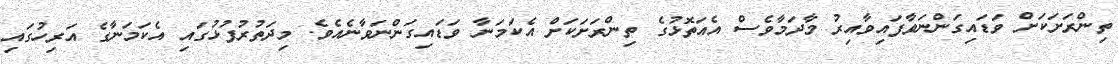
ތިންރަށަކަށް ވަޑައިގަންނަވާފައިވާއިރު މާދަމާވެސް އެއަތޮޅުގެ ތިންރަށަކަށް އެކަމަނާ ވަޑައިގަންނަވާނެއެވެ. މިދަތުރުފުޅުގައި އެކަމަނާގެ އަރިހުގައި